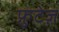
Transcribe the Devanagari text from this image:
फ़ुटेज़